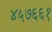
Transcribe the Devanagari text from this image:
४५७६६१